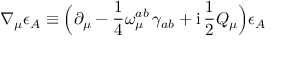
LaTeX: \nabla _ { \mu } \epsilon _ { A } \equiv \Bigl ( \partial _ { \mu } - \frac { 1 } { 4 } \omega _ { \mu } ^ { a b } \, \gamma _ { a b } + \mathrm { i } \, \frac { 1 } { 2 } Q _ { \mu } \Bigr ) \epsilon _ { A }